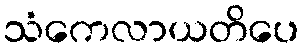
သံကေလာယတိပေ